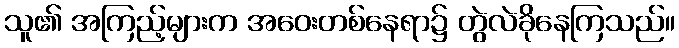
သူ၏ အကြည့်များက အဝေးတစ်နေရာ၌ တွဲလဲခိုနေကြသည်။